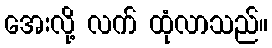
အေးလို့ လက် ထုံလာသည်။